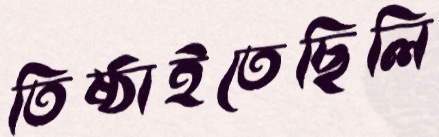
তিষ্ঠাইতেছিলি